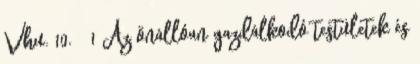
Vhu. 10. § 1 Az önállóan gazdálkodó testületek és